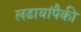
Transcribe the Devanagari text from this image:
लढायांपैकी